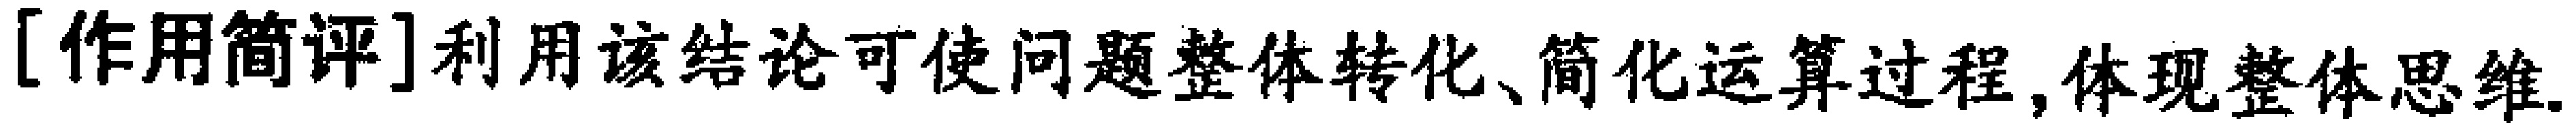
[作用简评]利用该结论可使问题整体转化、简化运算过程,体现整体思维.